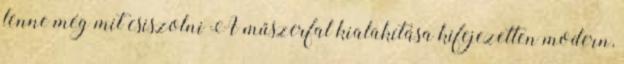
lenne még mit csiszolni A műszerfal kialakítása kifejezetten modern,